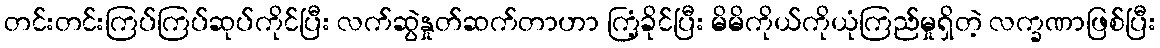
တင်းတင်းကြပ်ကြပ်ဆုပ်ကိုင်ပြီး လက်ဆွဲနှုတ်ဆက်တာဟာ ကြံ့ခိုင်ပြီး မိမိကိုယ်ကိုယုံကြည်မှုရှိတဲ့ လက္ခဏာဖြစ်ပြီး